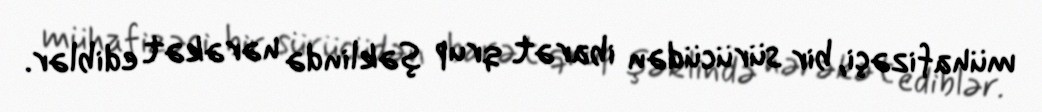
mühafizəçi, bir sürücüdən ibarət qrup şəklində hərəkət ediblər.